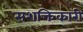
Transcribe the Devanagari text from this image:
सशक्तिकारी